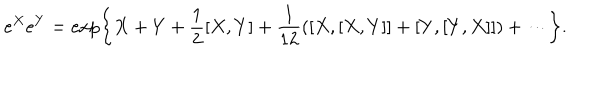
LaTeX: e ^ { X } e ^ { Y } = \exp \left\{ X + Y + { \frac { 1 } { 2 } } [ X , Y ] + { \frac { 1 } { 1 2 } } ( [ X , [ X , Y ] ] + [ Y , [ Y , X ] ] ) + \cdots \right\} .